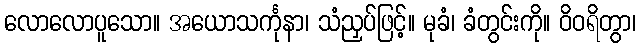
လောလောပူသော။ အယောသင်္ကုနာ၊ သံညှပ်ဖြင့်။ မုခံ၊ ခံတွင်းကို။ ဝိဝရိတွာ၊